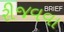
રીજવવા